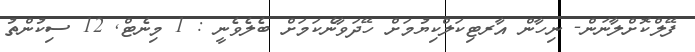
ފޭލްކޮށްލާނަން- ނިހާން އާރޓިކަލްކިޔުމަށް ހޭދަވާނެކަމަށް ބެލެވެނީ : 1 މިނެޓް